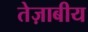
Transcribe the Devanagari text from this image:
तेज़ाबीय